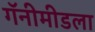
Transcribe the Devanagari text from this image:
गॅनीमीडला